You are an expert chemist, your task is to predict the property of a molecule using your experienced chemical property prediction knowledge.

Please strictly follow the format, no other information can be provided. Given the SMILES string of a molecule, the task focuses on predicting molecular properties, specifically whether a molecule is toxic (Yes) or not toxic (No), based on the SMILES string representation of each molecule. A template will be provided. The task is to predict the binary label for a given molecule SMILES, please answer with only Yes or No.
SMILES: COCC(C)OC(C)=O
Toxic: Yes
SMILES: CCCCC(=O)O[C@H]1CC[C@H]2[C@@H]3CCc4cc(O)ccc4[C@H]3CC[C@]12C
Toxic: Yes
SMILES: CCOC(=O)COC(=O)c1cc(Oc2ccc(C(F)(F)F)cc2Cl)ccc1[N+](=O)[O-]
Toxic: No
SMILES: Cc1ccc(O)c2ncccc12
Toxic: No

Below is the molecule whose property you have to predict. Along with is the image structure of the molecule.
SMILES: Cc1cc2c(C(C)C)c(O)c(O)c(C=O)c2c(O)c1-c1c(C)cc2c(C(C)C)c(O)c(O)c(C=O)c2c1O
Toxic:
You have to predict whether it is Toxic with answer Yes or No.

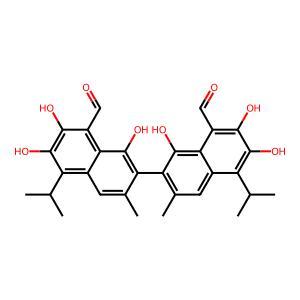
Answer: No